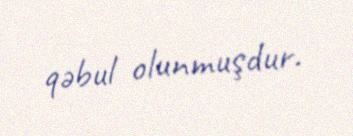
qəbul olunmuşdur.